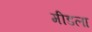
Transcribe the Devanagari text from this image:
मीडला